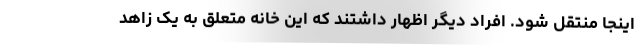
اینجا منتقل شود. افراد دیگر اظهار داشتند که این خانه متعلق به یک زاهد